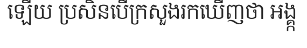
ឡើយ ប្រសិនបើក្រសួងរកឃើញថា អង្គ្ក